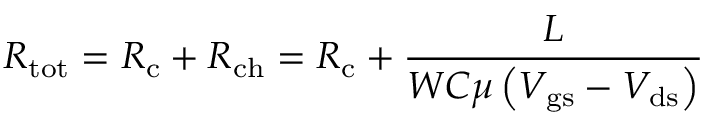
R _ { \mathrm { t o t } } = R _ { \mathrm { c } } + R _ { \mathrm { c h } } = R _ { \mathrm { c } } + { \frac { L } { W C \mu \left( V _ { \mathrm { g s } } - V _ { \mathrm { d s } } \right) } }